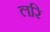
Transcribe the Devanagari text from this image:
लरि